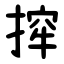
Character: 㨓